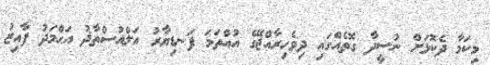
މިކަމާ ދެކޮޅަށް ނުސީދާ ގޮތެއްގައި ދިވެހިރާއްޖޭގެ އުއްތަމަ ފަނޑިޔާރު އަލްއުސްތާޛު އަޙްމަދު ފާއިޒު